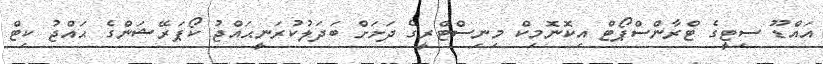
އައްޑޫ ސިޓީގެ ޓްރާންސްޕޯޓް އިކޮނޮމިކް މިނިސްޓްރީގެ ދަށަށް ބަދަލުކުރަނީޙައްޖު ކޯޕަރޭޝަންގެ ޙައްޖު ކިޓް